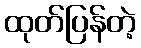
ထုတ်ပြန်တဲ့